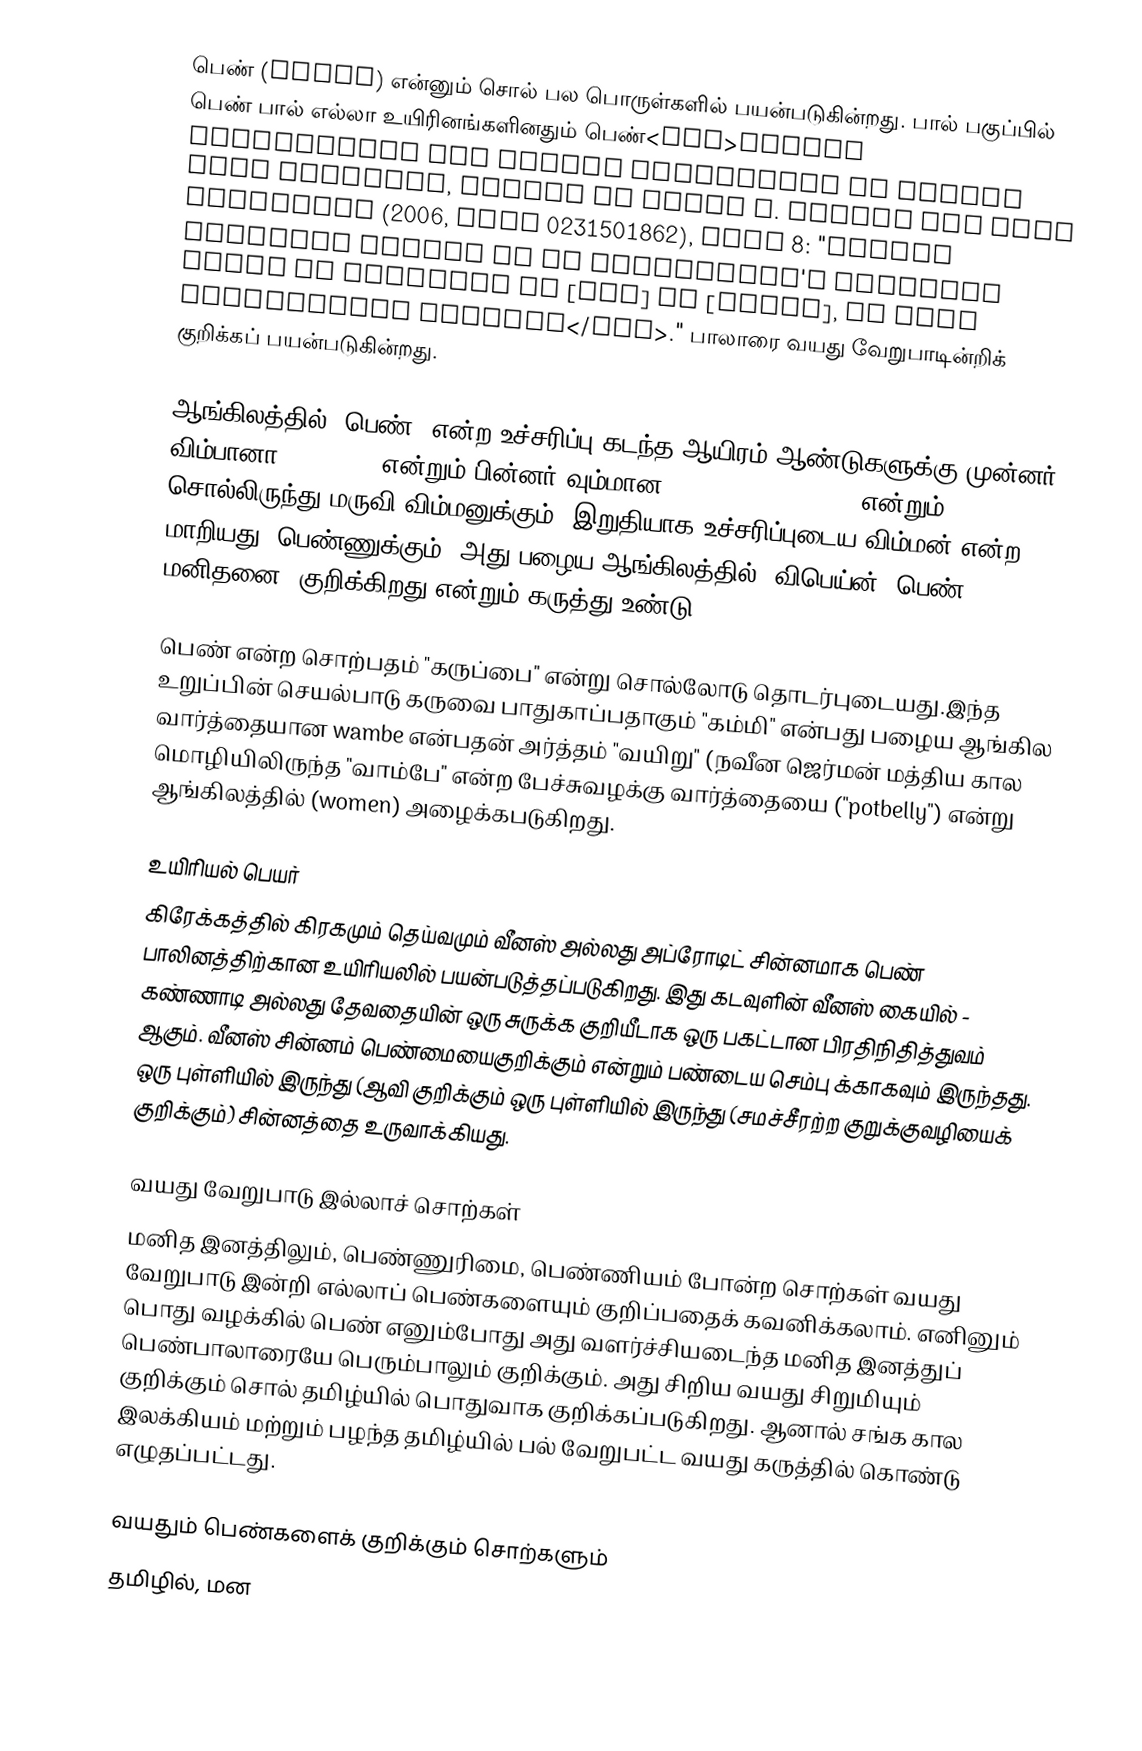
பெண் (woman) என்னும் சொல் பல பொருள்களில் பயன்படுகின்றது. பால் பகுப்பில் பெண் பால் எல்லா உயிரினங்களினதும் பெண்<ref>Sexual Orientation and Gender Expression in Social Work Practice, edited by Deana F. Morrow and Lori Messinger (2006, ISBN 0231501862), page 8: "Gender identity refers to an individual's personal sense of identity as [man] or [woman], or some combination thereof</ref>." பாலாரை வயது வேறுபாடின்றிக் குறிக்கப் பயன்படுகின்றது.

ஆங்கிலத்தில் "பெண்" என்ற உச்சரிப்பு கடந்த ஆயிரம் ஆண்டுகளுக்கு முன்னர் விம்பானா, 'wīfmann என்றும் பின்னர் வும்மான (wīmmann to wumman) என்றும் சொல்லிருந்து மருவி  விம்மனுக்கும், இறுதியாக உச்சரிப்புடைய விம்மன் என்ற மாறியது (பெண்ணுக்கும்) அது பழைய ஆங்கிலத்தில், விபெய்ன் "பெண் மனிதனை" குறிக்கிறது,என்றும் கருத்து உண்டு.

பெண்  என்ற சொற்பதம் "கருப்பை" என்று சொல்லோடு  தொடர்புடையது.இந்த உறுப்பின் செயல்பாடு கருவை பாதுகாப்பதாகும் "கம்மி" என்பது பழைய ஆங்கில வார்த்தையான wambe  என்பதன் அர்த்தம் "வயிறு" (நவீன  ஜெர்மன் மத்திய கால மொழியிலிருந்த "வாம்பே" என்ற பேச்சுவழக்கு வார்த்தையை ("potbelly") என்று ஆங்கிலத்தில் (women) அழைக்கபடுகிறது.

உயிரியல் பெயர்
கிரேக்கத்தில் கிரகமும் தெய்வமும் வீனஸ் அல்லது அப்ரோடிட் சின்னமாக பெண் பாலினத்திற்கான உயிரியலில் பயன்படுத்தப்படுகிறது. இது கடவுளின் வீனஸ் கையில் - கண்ணாடி அல்லது தேவதையின் ஒரு சுருக்க குறியீடாக ஒரு பகட்டான பிரதிநிதித்துவம் ஆகும். வீனஸ் சின்னம் பெண்மையைகுறிக்கும் என்றும் பண்டைய செம்பு க்காகவும் இருந்தது. ஒரு புள்ளியில் இருந்து (ஆவி குறிக்கும் ஒரு புள்ளியில் இருந்து (சமச்சீரற்ற குறுக்குவழியைக் குறிக்கும்) சின்னத்தை உருவாக்கியது.

வயது வேறுபாடு இல்லாச் சொற்கள்
மனித இனத்திலும், பெண்ணுரிமை, பெண்ணியம் போன்ற சொற்கள் வயது வேறுபாடு இன்றி எல்லாப் பெண்களையும் குறிப்பதைக் கவனிக்கலாம். எனினும் பொது வழக்கில் பெண் எனும்போது அது வளர்ச்சியடைந்த மனித இனத்துப் பெண்பாலாரையே பெரும்பாலும் குறிக்கும். அது சிறிய வயது சிறுமியும் குறிக்கும் சொல் தமிழ்யில் பொதுவாக குறிக்கப்படுகிறது. ஆனால் சங்க கால இலக்கியம் மற்றும் பழந்த தமிழ்யில் பல் வேறுபட்ட வயது கருத்தில் கொண்டு எழுதப்பட்டது.

வயதும் பெண்களைக் குறிக்கும் சொற்களும்
தமிழில், மன